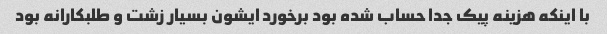
با اینکه هزینه پیک جدا حساب شده بود برخورد ایشون بسیار زشت و طلبکارانه بود